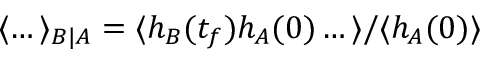
\langle \dots \rangle _ { B | A } = \langle h _ { B } ( t _ { f } ) h _ { A } ( 0 ) \dots \rangle / \langle h _ { A } ( 0 ) \rangle